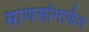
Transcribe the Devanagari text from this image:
माणसांमार्फत